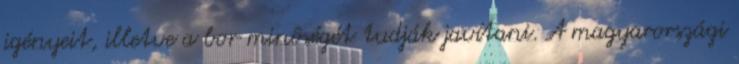
igényeit, illetve a bor minôségét tudják javítani. A magyarországi